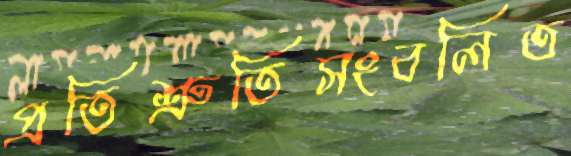
প্রতিশ্রুতিসংবলিত